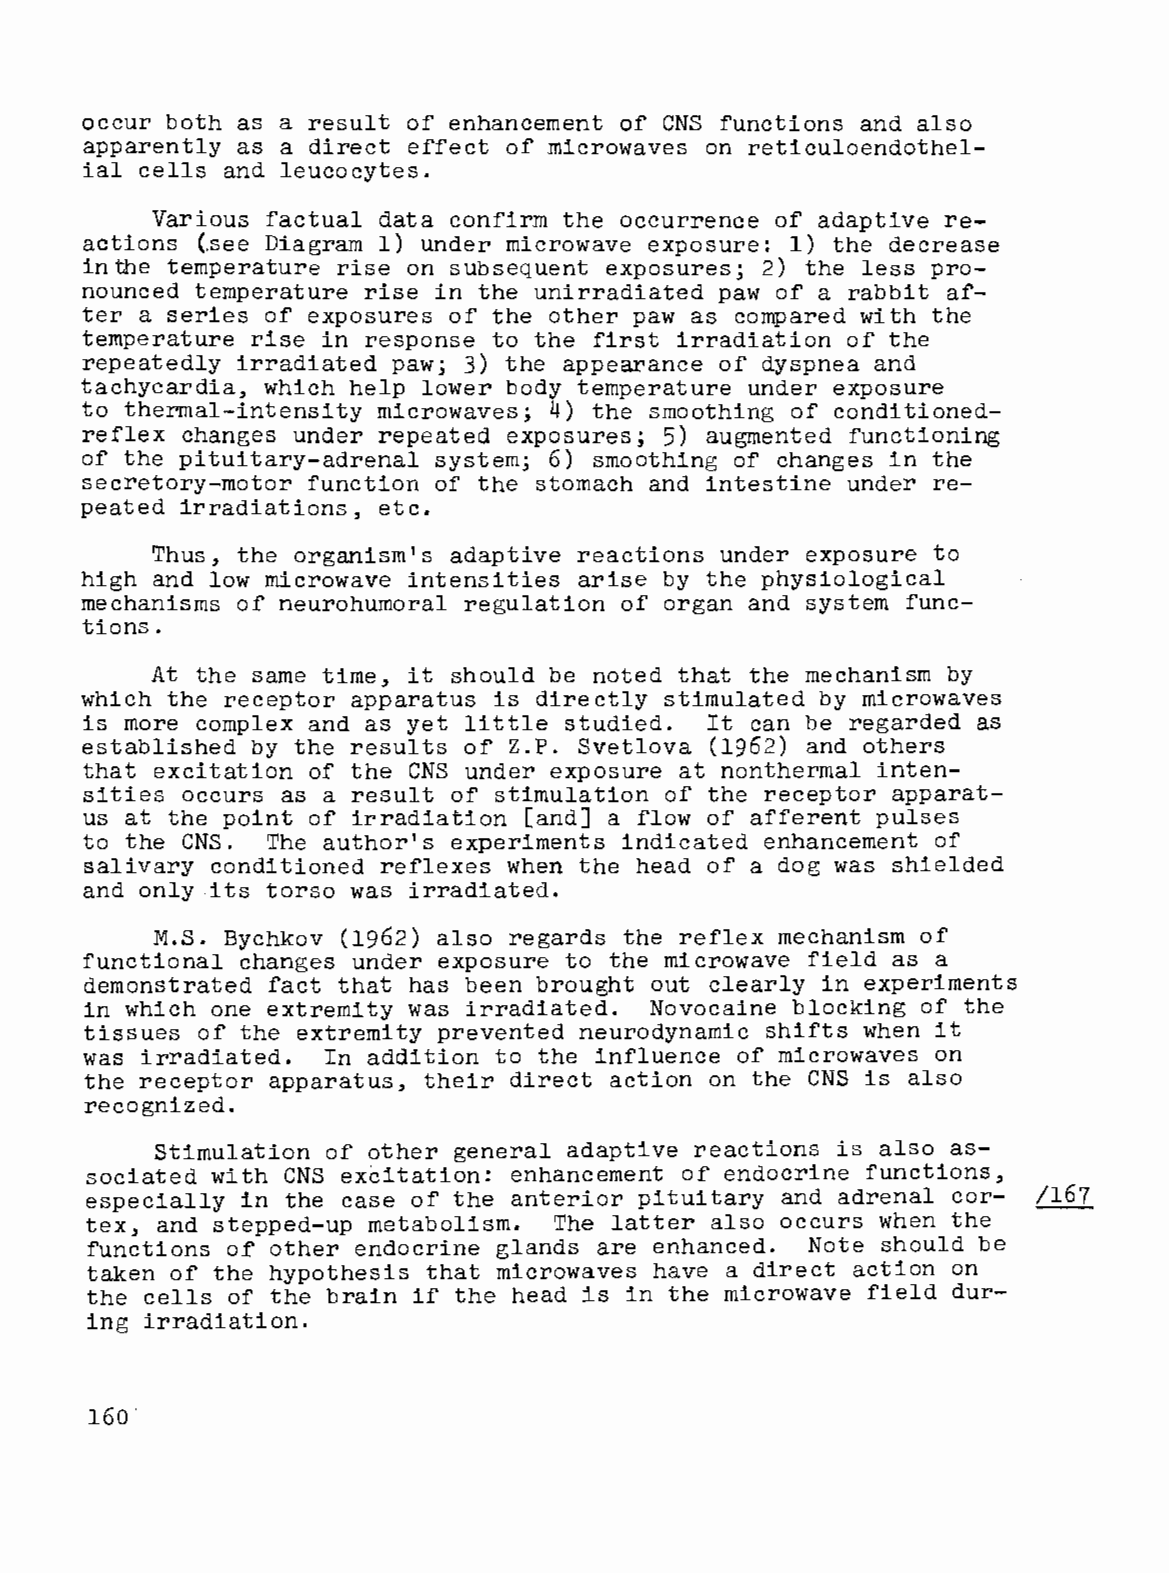
occur both as a result of enhancement of eNS functions and also
 apparently as a direct effect of microwaves on reticuloendothel
 ial cells and leucocytes.
 Various factual data confirm the occurrence of adaptive re
 actions (see Diagram 1) under microwave exposure: 1) the decrease
 inthe temperature rise on subsequent exposures; 2) the less pro
 nounced temperature rise in the unirradiated paw of a rabbit af
 ter a series of exposures of the other paw as compared with the
 temperature rise in response to the first irradiation of the
 repeatedly irradiated paw; 3) the appearance of dyspnea and
 tachycardia, which help lower body temperature under exposure
 to thermal-intensity microwaves; 4) the smoothing of conditioned
 reflex changes under repeated exposures; 5) augmented functioning
 of the pituitary-adrenal system; 6) smoothing of changes in the
 secretory-motor function of the stomach and intestine under re
 peated irradiations, etc.
 Thus, the organism's adaptive reactions under exposure to
 high and low microwave intensities arise by the physiological
 mechanisms of neurohumoral regulation of organ and system func
 tions.
 At the same time, it should be noted that the mechanism by
 which the receptor apparatus is directly stimulated by microwaves
 is more complex and as yet little studied. It can be regarded as
 established by the results of Z.P. Svetlova (1962) and others
 that excitation of the eNS under exposure at nonthermal inten
 sities occurs as a result of stimulation of the receptor apparat
 us at the point of irradiation [and] a flow of afferent pulses
 to the eNS.  The author's experiments indicated enhancement of
 salivary conditioned reflexes when the head of a dog was shielded
 and only its torso was irradiated.
 M.S. Bychkov (1962) also regards the reflex mechanism of
 functional changes under exposure to the microwave field as a
 demonstrated fact that has been brought out clearly in experiments
 in which one extremity was irradiated. Novocaine blocking of the
 tissues of the extremity prevented neurodynamic shifts when it
 was irradiated. In addition to the influence of microwaves on
 the receptor apparatus, their direct action on the eNS is also
 recognized.
 Stimulation of other general adaptive reactions is also as
 sociated with eNS excitation: enhancement of endocrine functions,
 especially in the case of the anterior pituitary and adrenal cor- /167
 tex, and stepped-up metabolism. The latter also occurs when the
 functions of other endocrine glands are enhanced. Note should be
 taken of the hypothesis that microwaves have a direct action on
 the cells of the brain if the head is in the microwave field dur-
 ing irradiation.
 160